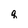
Character: q